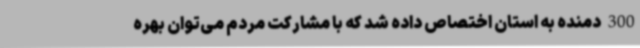
300 دمنده به استان اختصاص داده شد که با مشارکت مردم می‌توان بهره